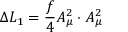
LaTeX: \Delta L _ { 1 } = \frac { f } { 4 } A _ { \mu } ^ { 2 } \cdot A _ { \mu } ^ { 2 }